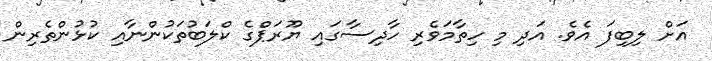
އަށް ލިބިފަ އެވެ. އަދި މި ހިތާމަވެރި ހާދިސާގައި ޔޫރަޕްގެ ކްލަބުތަކުންނާއި ކުޅުންތެރިން